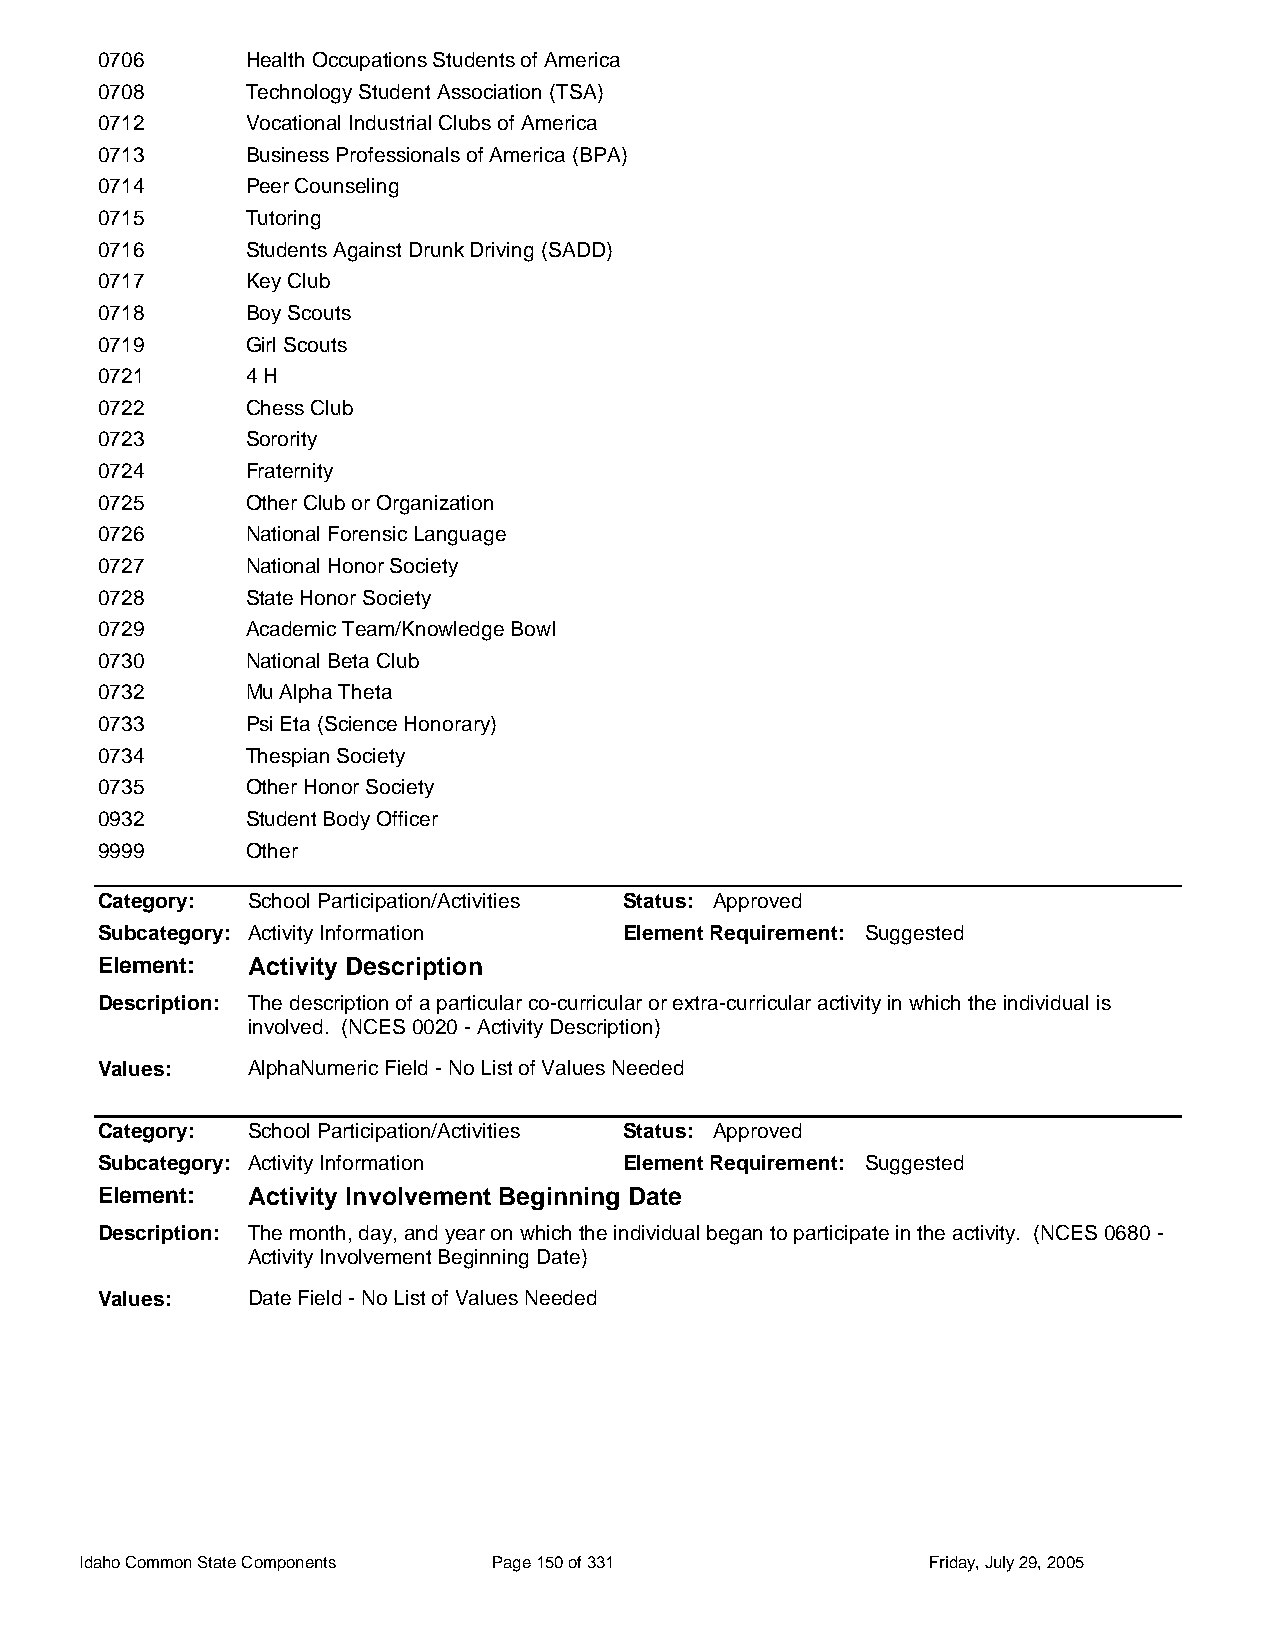
0706      Health Occupations Students of America
 0708      Technology Student Association (TSA)
 0712      Vocational Industrial Clubs of America
 0713      Business Professionals of America (BPA)
 0714      Peer Counseling
 0715      Tutoring
 0716      Students Against Drunk Driving (SADD)
 0717      Key Club
 0718      Boy Scouts
 0719      Girl Scouts
 0721      4 H
 0722      Chess Club
 0723      Sorority
 0724      Fraternity
 0725      Other Club or Organization
 0726      National Forensic Language
 0727      National Honor Society
 0728      State Honor Society
 0729      Academic Team/Knowledge Bowl
 0730      National Beta Club
 0732      Mu Alpha Theta
 0733      Psi Eta (Science Honorary)
 0734      Thespian Society
 0735      Other Honor Society
 0932      Student Body Officer
 9999      Other
 Category: School Participation/Activities Status: Approved
 Subcategory: Activity Information  Element Requirement: Suggested
 Element:  Activity Description
 Description: The description of a particular co-curricular or extra-curricular activity in which the individual is
 involved. (NCES 0020 - Activity Description)
 Values:   AlphaNumeric Field - No List of Values Needed
 Category: School Participation/Activities Status: Approved
 Subcategory: Activity Information  Element Requirement: Suggested
 Element:  Activity Involvement Beginning Date
 Description: The month, day, and year on which the individual began to participate in the activity. (NCES 0680 -
 Activity Involvement Beginning Date)
 Values:   Date Field - No List of Values Needed
 Idaho Common State Components Page 150 of 331           Friday, July 29, 2005